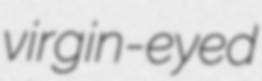
virgin-eyed